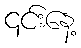
၎င်းနေ့